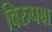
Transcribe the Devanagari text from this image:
विरुपक्ष